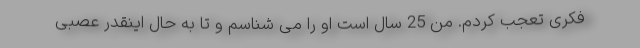
فکری تعجب کردم. من 25 سال است او را می شناسم و تا به حال اینقدر عصبی